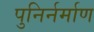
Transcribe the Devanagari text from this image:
पुनिर्नर्माण